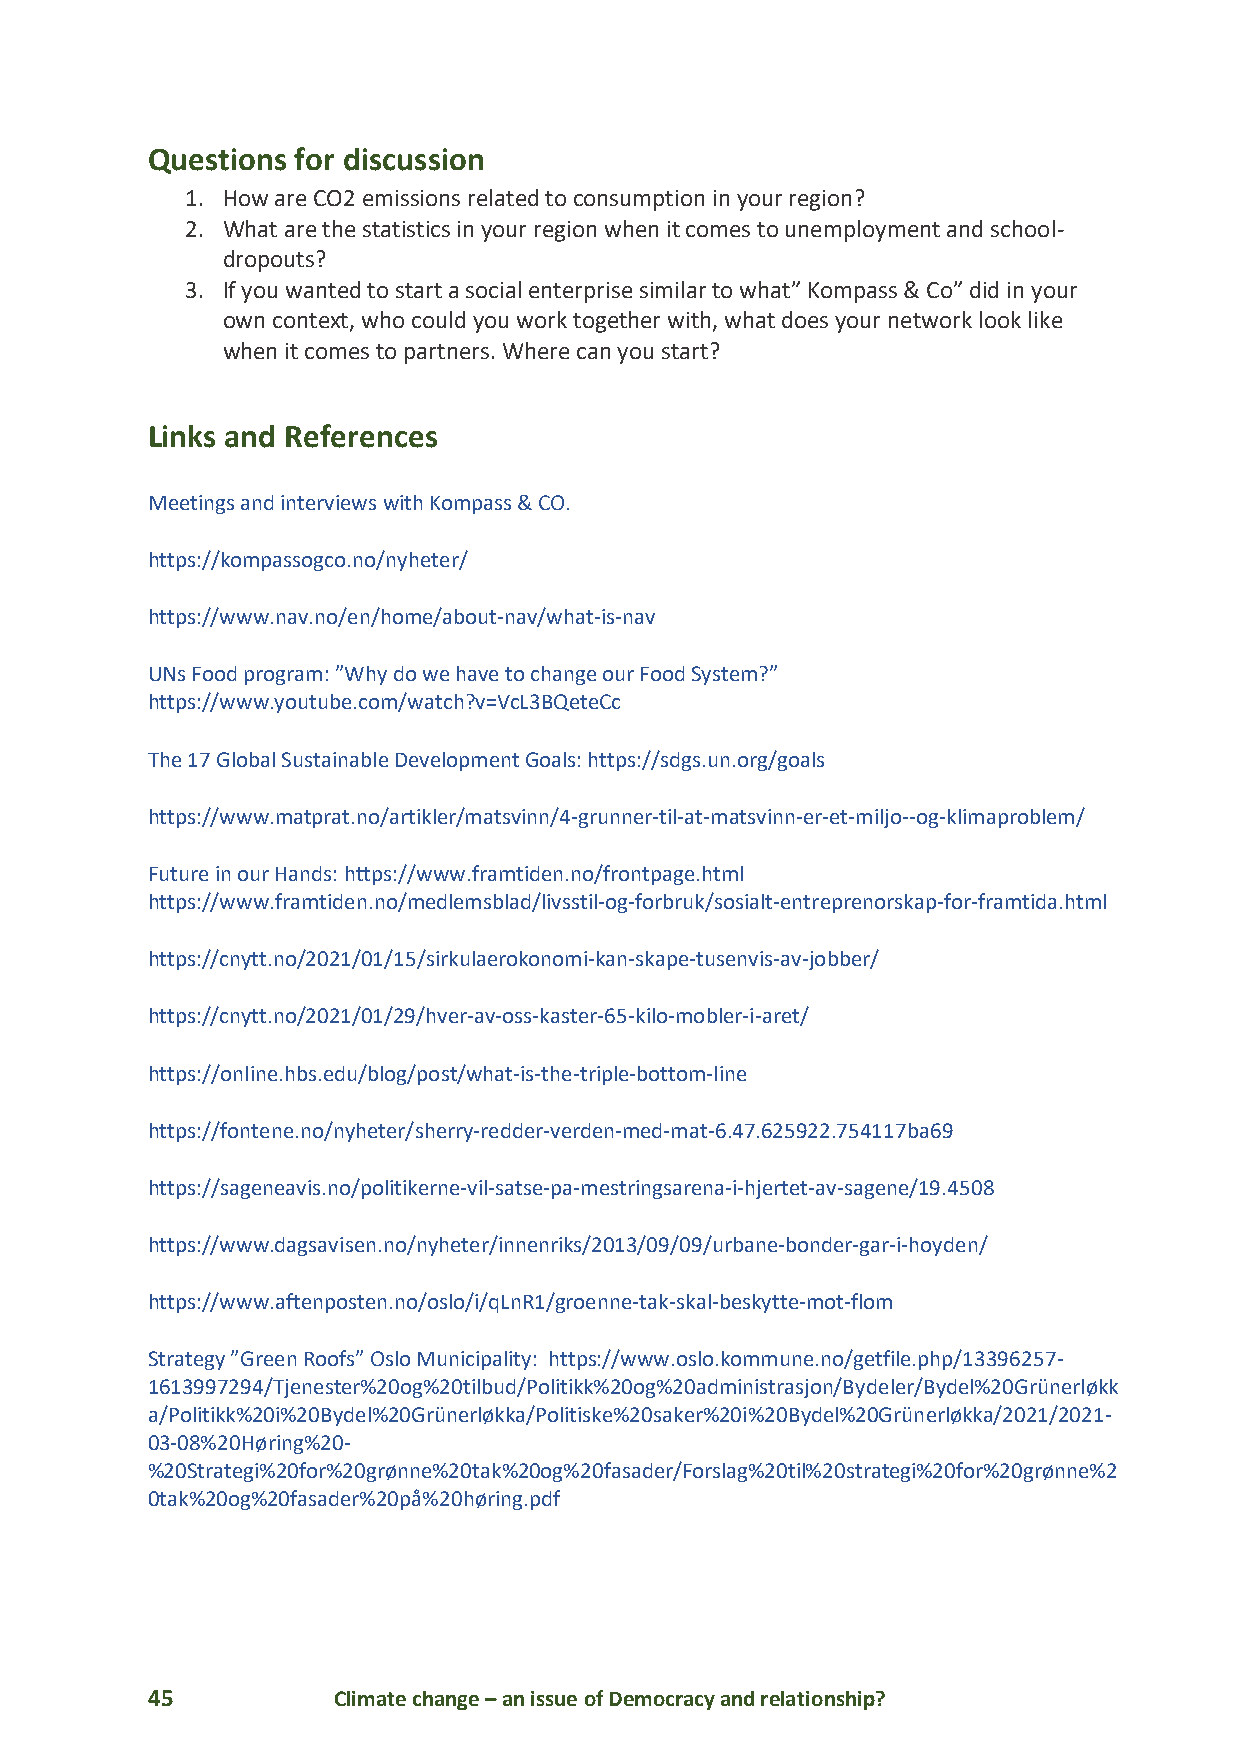
Questions for discussion
 1. How are CO2 emissions related to consumption in your region?
 2. What are the statistics in your region when it comes to unemployment and school-
 dropouts?
 3. If you wanted to start a social enterprise similar to what” Kompass & Co” did in your
 own context, who could you work together with, what does your network look like
 when it comes to partners. Where can you start?
 Links and References
 Meetings and interviews with Kompass & CO.
 https://kompassogco.no/nyheter/
 https://www.nav.no/en/home/about-nav/what-is-nav
 UNs Food program: ”Why do we have to change our Food System?”
 https://www.youtube.com/watch?v=VcL3BQeteCc
 The 17 Global Sustainable Development Goals: https://sdgs.un.org/goals
 https://www.matprat.no/artikler/matsvinn/4-grunner-til-at-matsvinn-er-et-miljo--og-klimaproblem/
 Future in our Hands: https://www.framtiden.no/frontpage.html
 https://www.framtiden.no/medlemsblad/livsstil-og-forbruk/sosialt-entreprenorskap-for-framtida.html
 https://cnytt.no/2021/01/15/sirkulaerokonomi-kan-skape-tusenvis-av-jobber/
 https://cnytt.no/2021/01/29/hver-av-oss-kaster-65-kilo-mobler-i-aret/
 https://online.hbs.edu/blog/post/what-is-the-triple-bottom-line
 https://fontene.no/nyheter/sherry-redder-verden-med-mat-6.47.625922.754117ba69
 https://sageneavis.no/politikerne-vil-satse-pa-mestringsarena-i-hjertet-av-sagene/19.4508
 https://www.dagsavisen.no/nyheter/innenriks/2013/09/09/urbane-bonder-gar-i-hoyden/
 https://www.aftenposten.no/oslo/i/qLnR1/groenne-tak-skal-beskytte-mot-flom
 Strategy ”Green Roofs” Oslo Municipality: https://www.oslo.kommune.no/getfile.php/13396257-
 1613997294/Tjenester%20og%20tilbud/Politikk%20og%20administrasjon/Bydeler/Bydel%20Grünerløkk
 a/Politikk%20i%20Bydel%20Grünerløkka/Politiske%20saker%20i%20Bydel%20Grünerløkka/2021/2021-
 03-08%20Høring%20-
 %20Strategi%20for%20grønne%20tak%20og%20fasader/Forslag%20til%20strategi%20for%20grønne%2
 0tak%20og%20fasader%20på%20høring.pdf
 45          Climate change – an issue of Democracy and relationship?